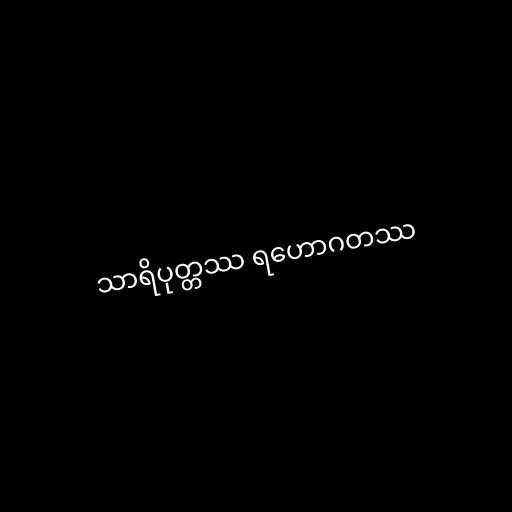
သာရိပုတ္တဿ ရဟောဂတဿ